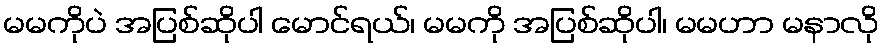
မမကိုပဲ အပြစ်ဆိုပါ မောင်ရယ်၊ မမကို အပြစ်ဆိုပါ၊ မမဟာ မနာလို